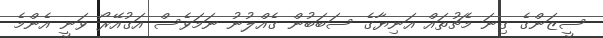
ސީޒަންގެ ގިނަ މެޗުތައް އަނިޔާގެ ސަބަބުން ގެއްލުނު ނަމަވެސް އަގުއޭރޯ ވަނީ އެންމެ